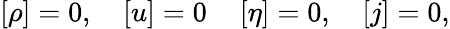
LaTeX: \left[\rho\right]=0,\quad\left[u\right]=0\quad\left[\eta\right]=0,\quad\left[j\right]=0,